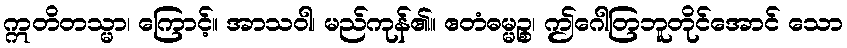
ဣတိတသ္မာ၊ ကြောင့်။ အာသဝါ၊ မည်ကုန်၏။ ဧတံဓမ္မဉ္စ၊ ဤဂေါတြဘူတိုင်အောင် သော